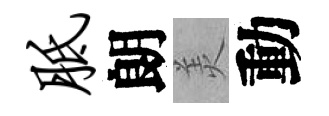
胝朗羙動